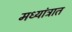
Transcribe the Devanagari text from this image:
मध्यांत्रात